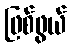
ဖြစ်ဖွယ်